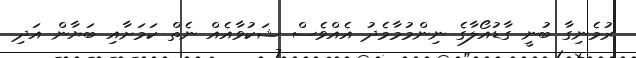
ރުމެނިގާ ބުނީ ގާޑުއޯލާގެ ނިންމުމާމެދު އެއްވެސް ޝަކުވާއެއް ނެތް ކަމަށާއި ބަޔާން އަދި